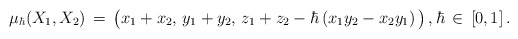
\begin{align*}\mu_\hbar(X_1,X_2) \,=\, \big(x_1 + x_2,\, y_1 + y_2,\, z_1 + z_2 - \hbar\left(x_1 y_2 - x_2 y_1\right)\big)\,,\hbar\,\in\,[0,1]\,.\end{align*}